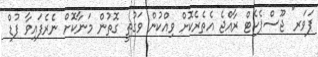
ޕަވަރ" ޖޫސްޕެކެޓް ރާއްޖެ އެތެރެކޮށް ވިއްކުން ވަގުތީ ގޮތުން މަނާކޮށް ނެެރެފައިވާ ފުޑް